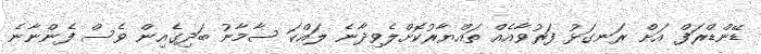
ޑޭންޑްރަފް އަށް ރަނގަޅު ފަރުވާއެއް ތައްޔާރުކޮށްލެވިދާނެ ލައްކަ ސާމާނު ބަދިގެއިން ވެސް ފެންނާނެ